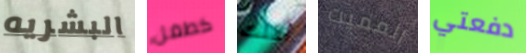
البشريه كطفل أقلت المميت دفعتي